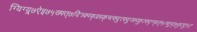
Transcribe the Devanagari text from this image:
ग्यिग्य्र्७ऐइ७५ख्फ्त्७दित्र्क्य्फ्फ्र्य्र्क्च्त्क्दुत्फ्दुय्फ्य्फुत्फ्द्ग्फ्त्५त्च्तुद्७फुत्दु५ए